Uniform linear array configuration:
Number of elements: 24
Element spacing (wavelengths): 0.5
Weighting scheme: cosine
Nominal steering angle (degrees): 60
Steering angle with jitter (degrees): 58.391
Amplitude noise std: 0.05
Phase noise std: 0.05

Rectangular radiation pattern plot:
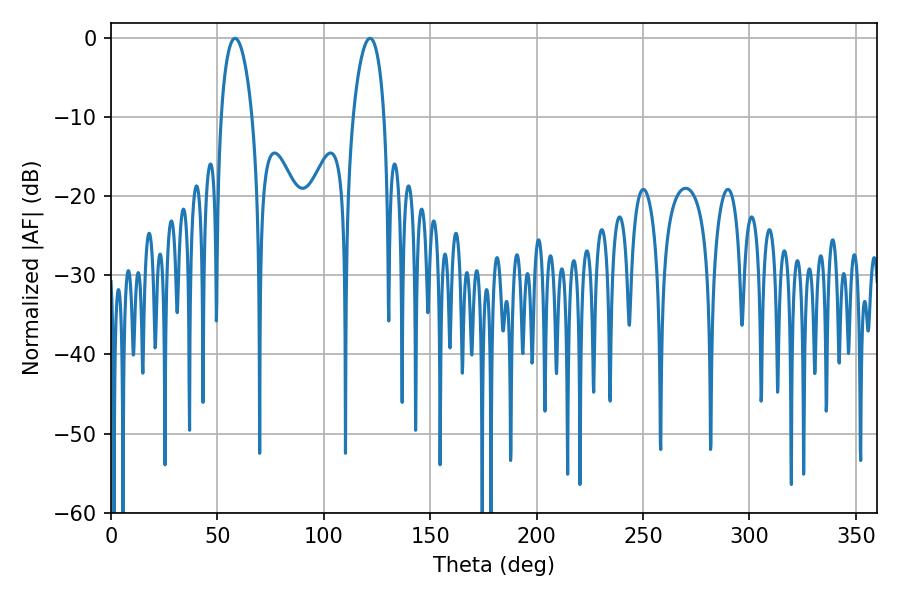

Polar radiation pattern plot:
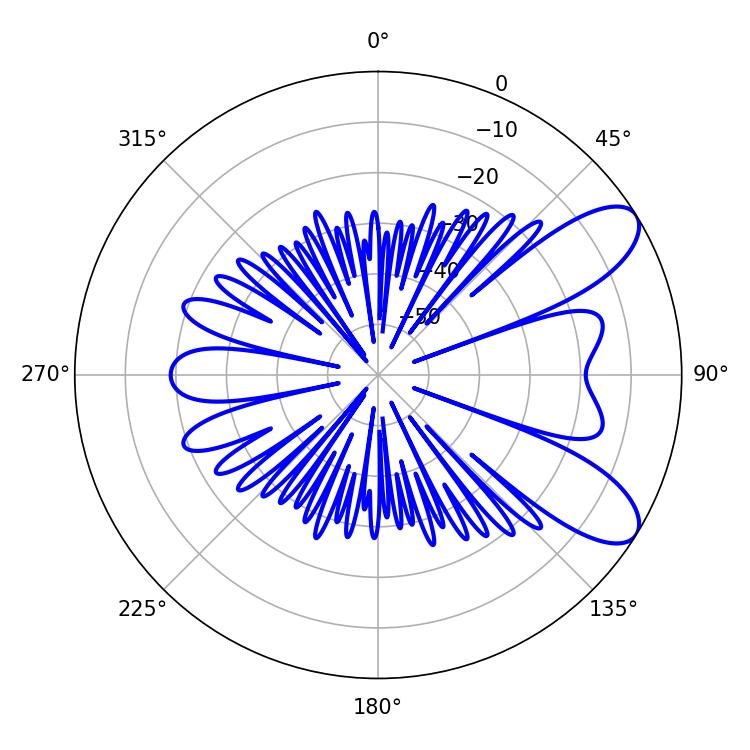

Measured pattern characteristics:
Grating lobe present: FALSE
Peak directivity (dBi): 8.683
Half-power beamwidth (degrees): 8.28
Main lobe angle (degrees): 58.32